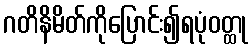
ဂတိနိမိတ်ကိုပြောင်း၍ရပုံဝတ္ထု